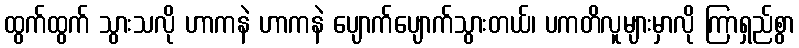
ထွက်ထွက် သွားသလို ဟာကနဲ ဟာကနဲ ပျောက်ပျောက်သွားတယ်၊ ပကတိလူများမှာလို ကြာရှည်စွာ